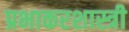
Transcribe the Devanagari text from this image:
प्रभाकरशास्त्री